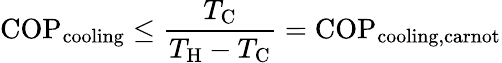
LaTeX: \mathrm{COP}_{\mathrm{cooling}}\leq{\frac{T_{\mathrm{{C}}}}{T_{\mathrm{{H}}}-T_{\mathrm{{C}}}}}=\mathrm{COP}_{\mathrm{cooling,carnot}}